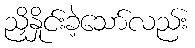
ညှိနှိုင်းခဲ့သော်လည်း